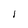
Character: l